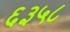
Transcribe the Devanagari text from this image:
६३५८